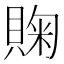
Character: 𰷈